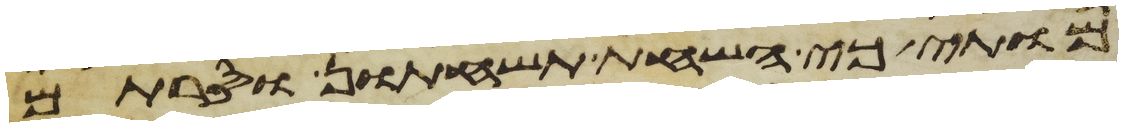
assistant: מותי כי השחת תשחתון וסרתם